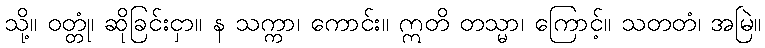
သို့။ ဝတ္တုံ၊ ဆိုခြင်းငှာ။ န သက္ကာ၊ ကောင်း။ ဣတိ တသ္မာ၊ ကြောင့်။ သတတံ၊ အမြဲ။